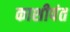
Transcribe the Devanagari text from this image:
काशीपंत